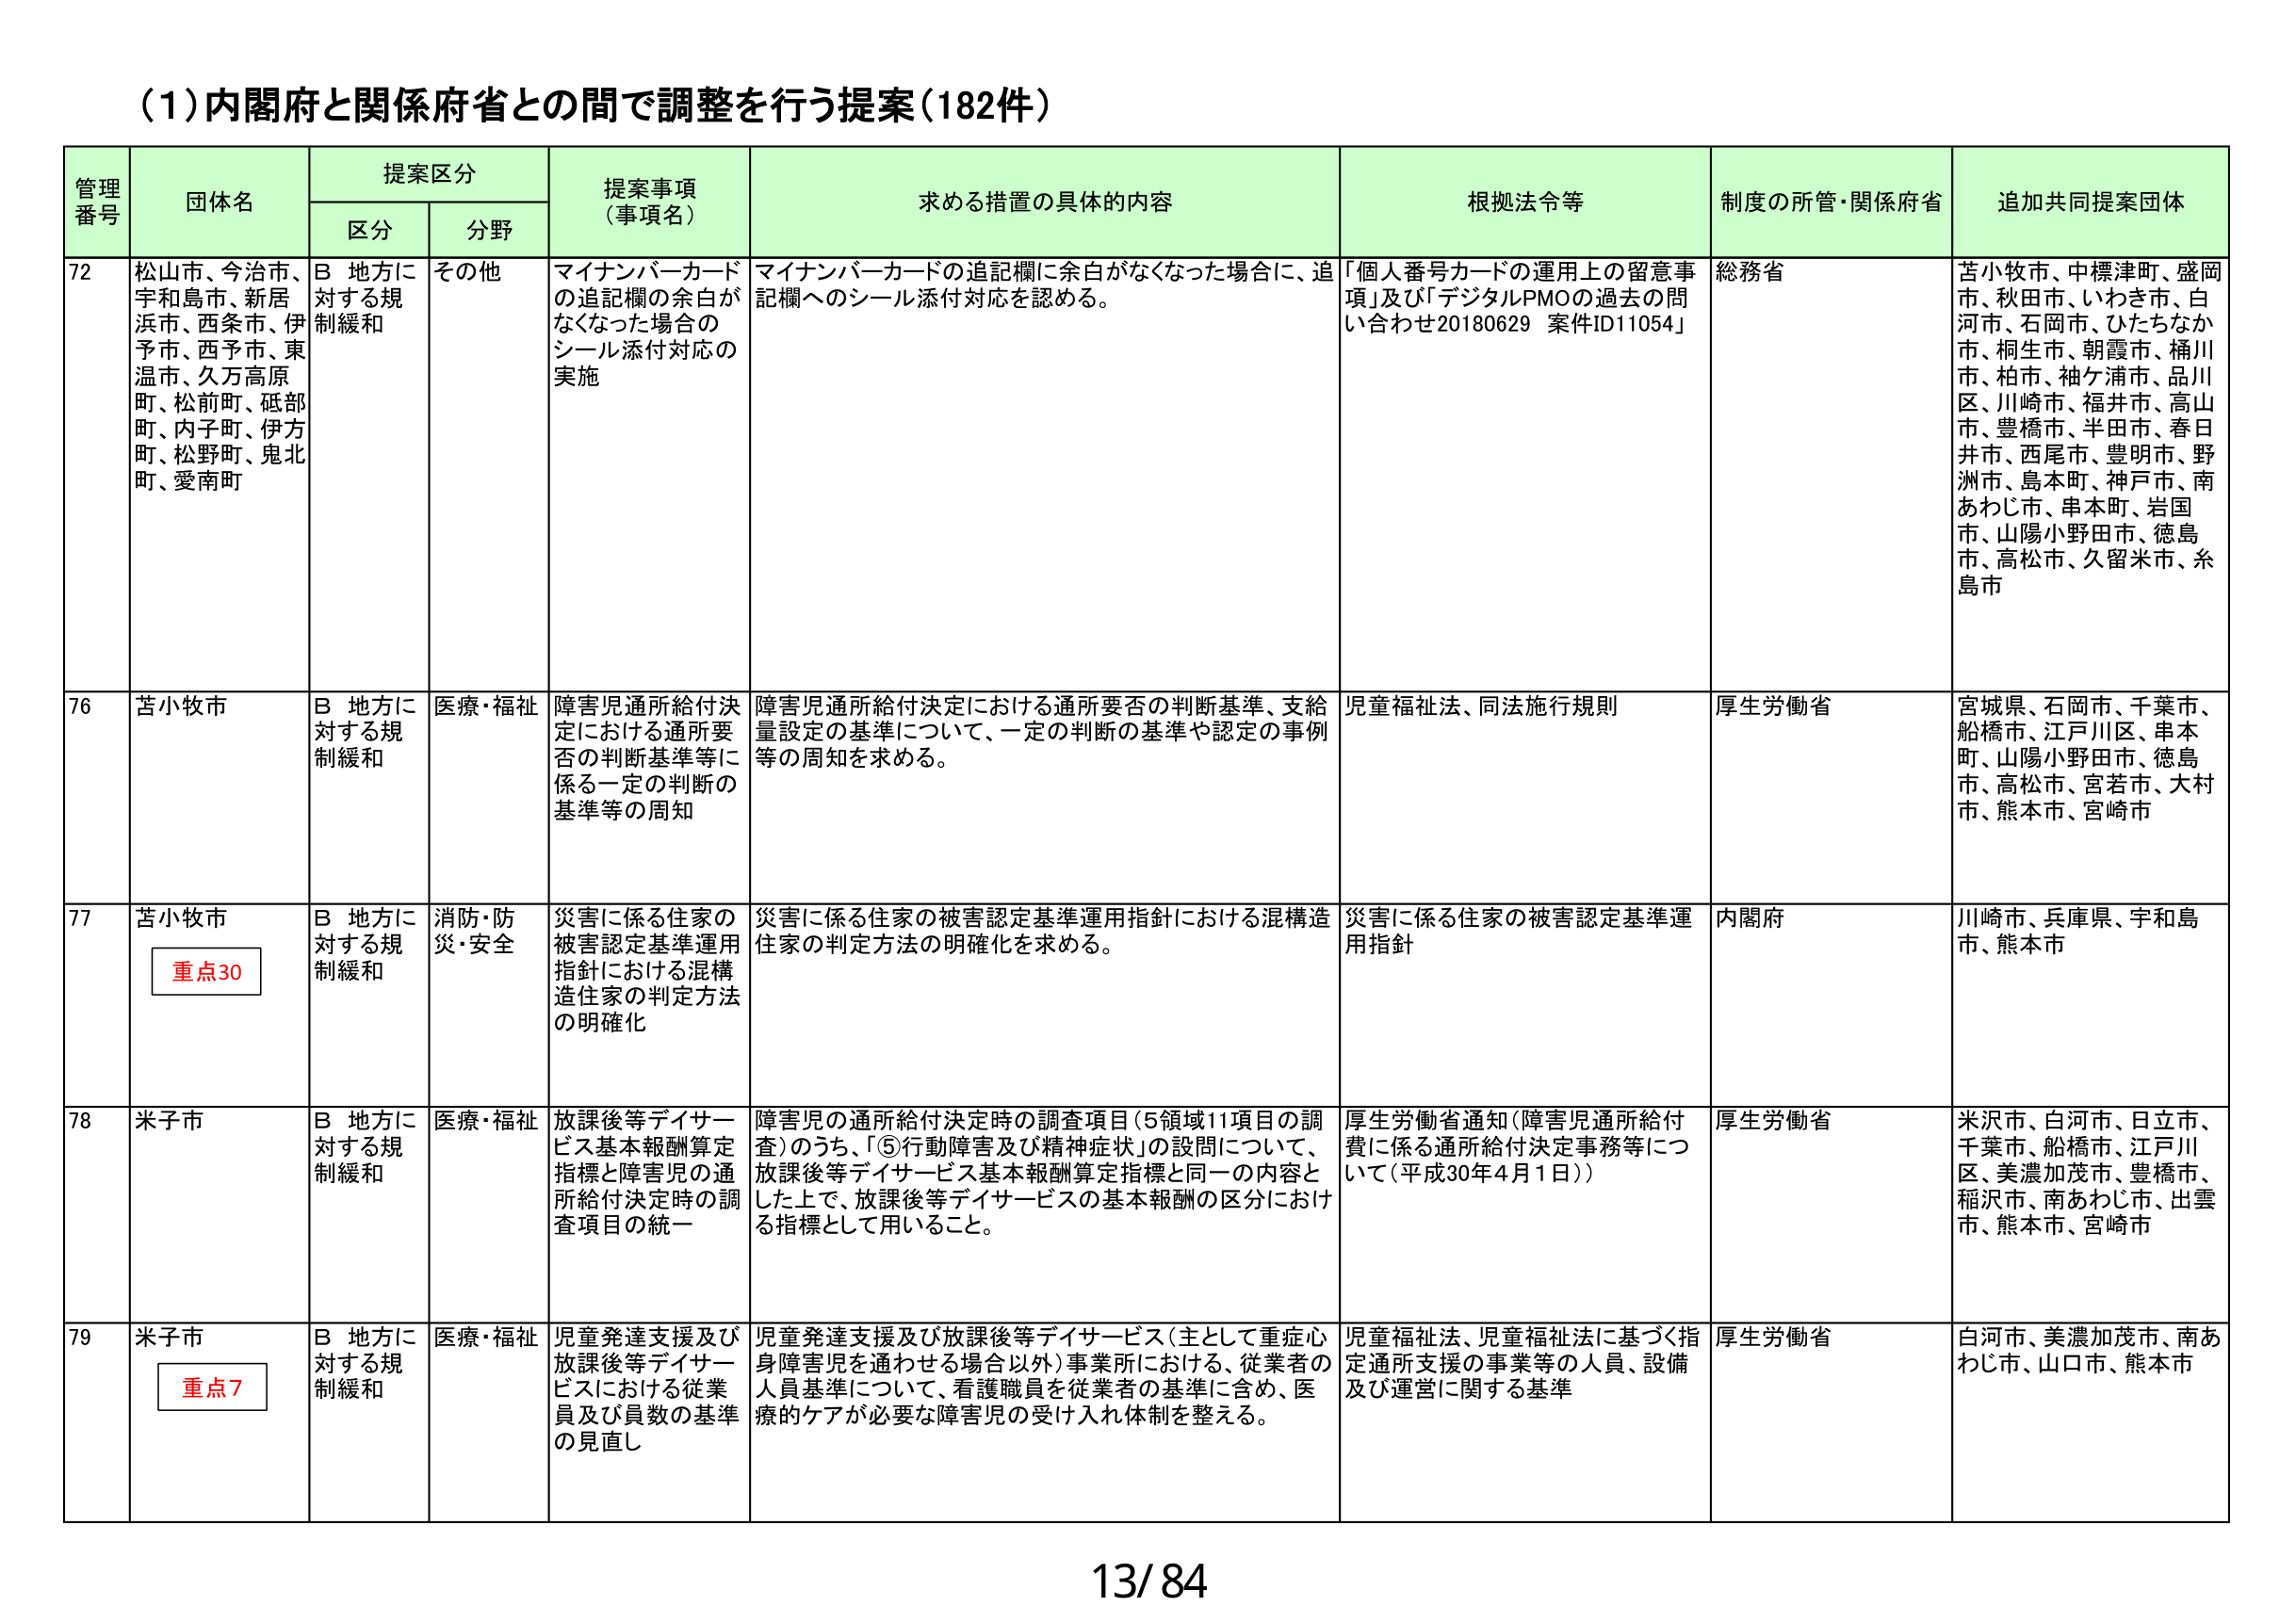
(1)内閣府と関係府省との間で調整を行う提案(182件)

管理番号	団体名	提案区分	提案事項（事項名）	求める措置の具体的内容	根拠法令等	制度の所管・関係府省	追加共同提案団体
		区分	分野
72	松山市、今治市、宇和島市、新居浜市、西条市、伊予市、西予市、東温市、久万高原町、松前町、砥部町、内子町、伊方町、松野町、鬼北町、愛南町	B 地方に対する規制緩和	その他	マイナンバーカードの追記欄の余白がなくなった場合のシール添付対応の実施	マイナンバーカードの追記欄に余白がなくなった場合に、追記欄へのシール添付対応を認める。	「個人番号カードの運用上の留意事項」及び「デジタルPMOの過去の問い合わせ20180629 案件ID11054」	総務省	苫小牧市、中標津町、盛岡市、秋田市、いわき市、白河市、石岡市、ひたちなか市、桐生市、朝霞市、桶川市、柏市、袖ケ浦市、品川区、川崎市、福井市、高山市、豊橋市、半田市、春日井市、西尾市、豊明市、野洲市、島本町、神戸市、南あわじ市、串本町、岩国市、山陽小野田市、徳島市、高松市、久留米市、糸島市
76	苫小牧市	B 地方に対する規制緩和	医療・福祉	障害児通所給付決定における通所要否の判断基準等に係る一定の判断の基準等の周知	障害児通所給付決定における通所要否の判断基準、支給量設定の基準について、一定の判断の基準や認定の事例等の周知を求める。	児童福祉法、同法施行規則	厚生労働省	宮城県、石岡市、千葉市、船橋市、江戸川区、串本町、山陽小野田市、徳島市、高松市、宮若市、大村市、熊本市、宮崎市
77	苫小牧市	B 地方に対する規制緩和	消防・防災・安全	災害に係る住家の被害認定基準運用指針における混構造住家の判定方法の明確化	災害に係る住家の被害認定基準運用指針における混構造住家の判定方法の明確化を求める。	災害に係る住家の被害認定基準運用指針	内閣府	川崎市、兵庫県、宇和島市、熊本市
		重点30
78	米子市	B 地方に対する規制緩和	医療・福祉	放課後等デイサービス基本報酬算定指標と障害児の通所給付決定時の調査項目の統一	障害児の通所給付決定時の調査項目（5領域11項目の調査）のうち、「⑤行動障害及び精神症状」の設問について、放課後等デイサービス基本報酬算定指標と同一の内容とした上で、放課後等デイサービスの基本報酬の区分における指標として用いること。	厚生労働省通知（障害児通所給付費に係る通所給付決定事務等について（平成30年4月1日））	厚生労働省	米沢市、白河市、日立市、千葉市、船橋市、江戸川区、美濃加茂市、豊橋市、稲沢市、南あわじ市、出雲市、熊本市、宮崎市
79	米子市	B 地方に対する規制緩和	医療・福祉	児童発達支援及び放課後等デイサービスにおける従業員及び員数の基準の見直し	児童発達支援及び放課後等デイサービス（主として重症心身障害児を通わせる場合以外）事業所における、従業者の人員基準について、看護職員を従業者の基準に含め、医療的ケアが必要な障害児の受け入れ体制を整える。	児童福祉法、児童福祉法に基づく指定通所支援の事業等の人員、設備及び運営に関する基準	厚生労働省	白河市、美濃加茂市、南あわじ市、山口市、熊本市
		重点7

13/84